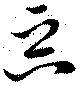
惡